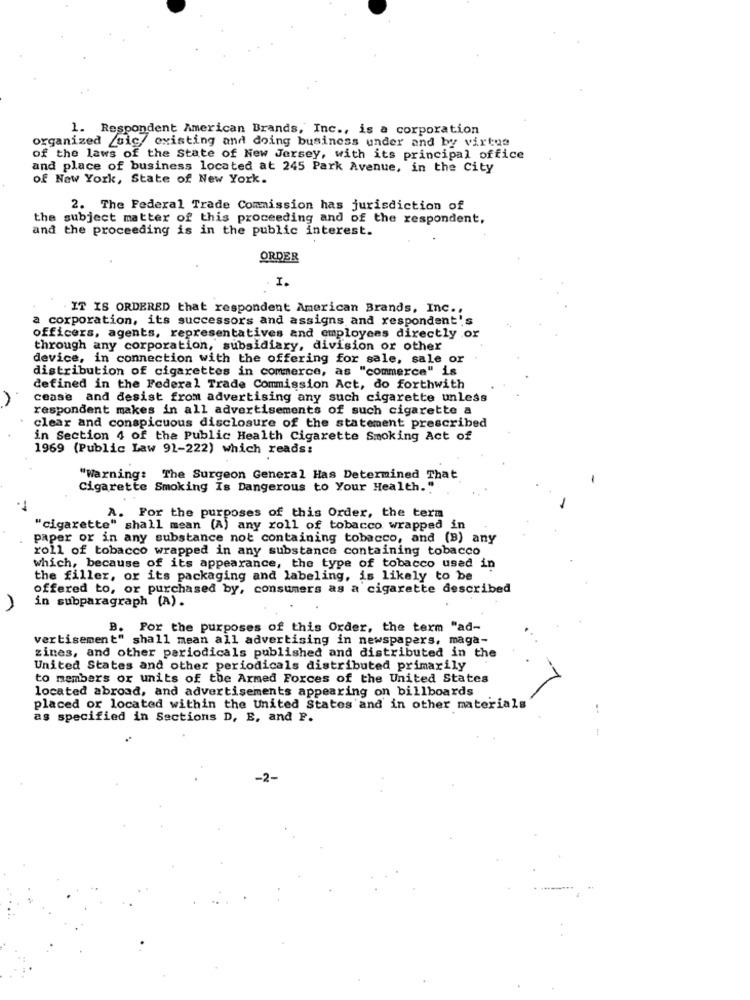
1. Respondent American Brands, Inc ., is a corporation
organized gic/ existing and doing business under and by virtue
of the laws of the State of New Jersey, with its principal office
and place of business located at 245 Park Avenue, in the City
of New York, State of New York.
2. The Federal Trade Commission has jurisdiction of
the subject matter of this proceeding and of the respondent,
and the proceeding is in the public interest.
ORDER
I.
IT IS ORDERED that respondent American Brands, Inc .,
a corporation, its successors and assigns and respondent's
officers, agents, representatives and employees directly or
through any corporation, subsidiary, division or other
device, in connection with the offering for sale, sale or
distribution of cigarettes in commerce, as "commerce" is
defined in the Federal Trade Commission Act, do forthwith
A
cease and desist from advertising any such cigarette unless
respondent makes in all advertisements of such cigarette a
clear and conspicuous disclosure of the statement prescribed
in Section 4 of the Public Health Cigarette Smoking Act of
1969 (Public Law 91-222) which reads:
"Warning: The Surgeon General Has Determined That
Cigarette Smoking Is Dangerous to Your Health."
A. For the purposes of this Order, the term
"cigarette" shall mean (A) any roll of tobacco wrapped in
paper or in any substance not containing tobacco, and (B) any
roll of tobacco wrapped in any substance containing tobacco
which, because of its appearance, the type of tobacco used in
the filler, or its packaging and labeling, is likely to be
offered to, or purchased by, consumers as a cigarette described
in subparagraph (A).
B. For the purposes of this Order, the term "ad-
vertisement" shall mean all advertising in newspapers, maga-
zines, and other periodicals published and distributed in the
United States and other periodicals distributed primarily
to members or units of the Armed Forces of the United States
located abroad, and advertisements appearing on billboards
placed or located within the United States and in other materials
as specified in Sections D, E, and F.